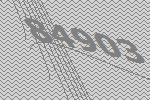
84903